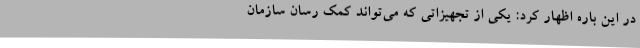
در این باره اظهار کرد:‌ یکی از تجهیزاتی که می‌تواند کمک رسان سازمان